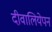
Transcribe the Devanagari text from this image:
दीवालियेपन